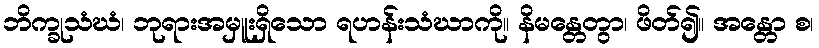
ဘိက္ခုသံဃံ၊ ဘုရားအမှူးရှိသော ရဟန်းသံဃာကို။ နိမန္တေတွာ၊ ဖိတ်၍။ အန္တော စ၊